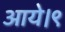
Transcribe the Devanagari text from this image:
आये।९